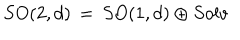
LaTeX: S O ( 2 , d ) \, = \, S O ( 1 , d ) \oplus S o l v